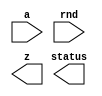

////////////////////////////////////////////////////////////////////////////////
//
//       This confidential and proprietary software may be used only
//     as authorized by a licensing agreement from Synopsys Inc.
//     In the event of publication, the following notice is applicable:
//
//                    (C) COPYRIGHT 2005 - 2018 SYNOPSYS INC.
//                           ALL RIGHTS RESERVED
//
//       The entire notice above must be reproduced on all authorized
//     copies.
//
//
// VERSION:   Verilog Simulation Model for DW_fp_flt2i
//
// DesignWare_version: 114fa44d
// DesignWare_release: O-2018.06-DWBB_201806.3
//
////////////////////////////////////////////////////////////////////////////////

//
// ABSTRACT:  Floating-point Number Format to Integer Number Format
//            Converter
//
//              This converts a floating-point number to a signed
//              integer number.
//              Conversion to a unsigned integer number is not supported.
//
//              parameters      valid values (defined in the DW manual)
//              ==========      ============
//              sig_width       significand size,  2 to 253 bits
//              exp_width       exponent size,     3 to 31 bits
//              isize           integer size,      3 to 512 bits
//              ieee_compliance support the IEEE Compliance 
//                              including NaN and denormal expressions.
//                              0 - IEEE 754 compatible without denormal support
//                                  (NaN becomes Infinity, Denormal becomes Zero)
//                              1 - IEEE 754 standard compatible
//                                  (NaN and denormal numbers are supported)
//
//              Input ports     Size & Description
//              ===========     ==================
//              a               (sig_width + exp_width + 1)-bits
//                              Floating-point Number Input
//              rnd             3 bits
//                              Rounding Mode Input
//              z               (isize)-bits
//                              Converted Integer Output
//              status          8 bits
//                              Status Flags Output
//
// Modified:
//  Mar. 13. 2008 Kyung-Nam Han (from 0712-SP3)
//    Removed VCS Warning Message (STAR 9000232556) 
//  Sep. 09. 2009 Kyung-Nam Han (0903-SP3)
//    Added ieee_compliance parameter
//-----------------------------------------------------------------------------

module DW_fp_flt2i (a, rnd, z, status);

  parameter integer sig_width=23;        // RANGE 2 TO 253
  parameter integer exp_width=8;         // RANGE 3 TO 31
  parameter integer isize=32;            // RANGE 3 TO 512
  parameter integer ieee_compliance = 0; // RANGE 0 to 1
  
  input  [exp_width + sig_width:0] a;
  input  [2:0] rnd;
  output [isize - 1:0] z;
  output [7:0] status;
  
  // synopsys translate_off


  `define isign               0  // 0 : signed, 1 : unsigned 
  `define rnd_Width           4
  `define rnd_Inc             0
  `define rnd_Inexact         1
  `define rnd_HugeInfinity    2
  `define rnd_TinyminNorm     3
  `define Mwidth              (2 * isize + 2)
  `define Movf                (`Mwidth - 1)
  `define MM                  (`Movf - 1)
  `define ML                  (`Movf - isize)
  `define MR                  (`ML - 1)
  `define MS                  (`ML - 2)
  `define af_lsb              ((sig_width <= isize) ? 0 : (sig_width - 1) - isize + 1)
  `define DW_MI_LSB           ((sig_width <= isize) ? `MR - sig_width + 1 : 0)
  
  //-------------------------------------------------------------------------
  // Parameter legality check
  //-------------------------------------------------------------------------
    
 
  initial begin : parameter_check
    integer param_err_flg;

    param_err_flg = 0;
    
        
    if ( (sig_width < 2) || (sig_width > 253) ) begin
      param_err_flg = 1;
      $display(
	"ERROR: %m :\n  Invalid value (%d) for parameter sig_width (legal range: 2 to 253)",
	sig_width );
    end
        
    if ( (exp_width < 3) || (exp_width > 31) ) begin
      param_err_flg = 1;
      $display(
	"ERROR: %m :\n  Invalid value (%d) for parameter exp_width (legal range: 3 to 31)",
	exp_width );
    end
        
    if ( (isize < 3) || (isize > 512) ) begin
      param_err_flg = 1;
      $display(
	"ERROR: %m :\n  Invalid value (%d) for parameter isize (legal range: 3 to 512)",
	isize );
    end
        
    if ( (ieee_compliance < 0) || (ieee_compliance > 1) ) begin
      param_err_flg = 1;
      $display(
	"ERROR: %m :\n  Invalid value (%d) for parameter ieee_compliance (legal range: 0 to 1)",
	ieee_compliance );
    end
     
    if ( param_err_flg == 1) begin
      $display(
        "%m :\n  Simulation aborted due to invalid parameter value(s)");
      $finish;
    end

  end // parameter_check 

  //-----------------------------------------------------  
  
  
  function [`rnd_Width-1:0] rnd_eval;
  
    input [2:0] rnd;
    input [0:0] Sign;
    input [0:0] L,R,stk;
    
    
    begin
      rnd_eval[`rnd_Inc] = 0;
      rnd_eval[`rnd_Inexact] = R|stk;
      rnd_eval[`rnd_HugeInfinity] = 0;
      rnd_eval[`rnd_TinyminNorm] = 0;
      
      if ($time > 0) begin
        case (rnd)
          3'b000:
          begin
            rnd_eval[`rnd_Inc] = R&(L|stk);
            rnd_eval[`rnd_HugeInfinity] = 1;
            rnd_eval[`rnd_TinyminNorm] = 0;
          end
          3'b001:
          begin
            rnd_eval[`rnd_Inc] = 0;
            rnd_eval[`rnd_HugeInfinity] = 0;
            rnd_eval[`rnd_TinyminNorm] = 0;
          end
          3'b010:
          begin
            rnd_eval[`rnd_Inc] = ~Sign & (R|stk);
            rnd_eval[`rnd_HugeInfinity] = ~Sign;
            rnd_eval[`rnd_TinyminNorm] = ~Sign;
          end
          3'b011:
          begin
            rnd_eval[`rnd_Inc] = Sign & (R|stk);
            rnd_eval[`rnd_HugeInfinity] = Sign;
            rnd_eval[`rnd_TinyminNorm] = Sign;
          end
          3'b100:
          begin
            rnd_eval[`rnd_Inc] = R;
            rnd_eval[`rnd_HugeInfinity] = 1;
            rnd_eval[`rnd_TinyminNorm] = 0;
          end
          3'b101:
          begin
            rnd_eval[`rnd_Inc] = R|stk;
            rnd_eval[`rnd_HugeInfinity] = 1;
            rnd_eval[`rnd_TinyminNorm] = 1;
          end
          default:
          begin
            $display("Error! illegal rounding mode.\n");
            $display("a : %b", a);
            $display("rnd : %b", rnd);
          end
        endcase
      end

    end
  endfunction
  
  reg [(exp_width + sig_width):0] af;
  reg [8    -1:0] status_reg;
  reg [isize-1:0] z_reg;
  reg [exp_width-1:0] eaf;
  reg [`Mwidth-1:0] mi;
  reg [exp_width-1:0] exp;
  reg [0:0] stk;
  reg [`rnd_Width-1:0] rnd_val;  
  reg [isize-1:0] maxneg;
  reg [isize-1:0] maxpos;
  reg [(sig_width - 1):0] sig;
  reg inf_input;
  reg denorm_input;
  reg nan_input;
  reg zero_input;

  integer num;
  
  assign status = status_reg;
  assign z = z_reg;
  
  always @(a or rnd) begin : a1000_PROC
    
    af = a;
    status_reg = 0;
    mi = 0;
    exp = 0;
    stk = 0;
    eaf = af[((exp_width + sig_width) - 1):sig_width];
    num = 0;
    sig  = af[(sig_width - 1):0];

    if (ieee_compliance) begin
      inf_input = (eaf == ((((1 << (exp_width-1)) - 1) * 2) + 1)) & (sig == 0);
      nan_input = (eaf == ((((1 << (exp_width-1)) - 1) * 2) + 1)) & (sig != 0);
      denorm_input = (eaf == 0) & (sig != 0);
      zero_input = (eaf == 0) & (sig == 0);
    end
    else begin
      inf_input = (eaf == ((((1 << (exp_width-1)) - 1) * 2) + 1));
      nan_input = 0;
      denorm_input = 0;
      zero_input = (eaf == 0 );
    end
    
    if (inf_input) begin
      
      if (ieee_compliance) begin
        status_reg[2] = 1;
      end
      else begin
        status_reg[6] = 1;
        status_reg[5] = 1;
      end
      
    end
    else if (nan_input) begin
      
      status_reg[2] = 1;

    end
    else if (zero_input) begin
      
      status_reg[0] = 1;
      
    end
    else begin
      
      mi[`ML] = 1;
      
      if (sig_width <= isize) begin
        
        mi[`MR:`DW_MI_LSB] = af[(sig_width - 1):0];
        
      end
      else begin
        

        mi[`MR:`MR-isize+1] = af[(sig_width - 1):`af_lsb];
        num = (sig_width - 1) - isize;  // >= 0
        stk = 0;
        
        while (num != 0) begin
          stk = stk | af[num];
          num = num - 1;
        end
        
        stk = stk | af[num];
        mi[0] = stk;
      end

      if (eaf >= ((1 << (exp_width-1)) - 1)) begin
        exp = eaf - ((1 << (exp_width-1)) - 1);
        
        while (exp !== 0) begin
          if (mi[`Movf] !== 1) begin
            mi = mi << 1;
          end
          
          exp = exp - 1;
        end
      end
      else begin
        
        exp = ((1 << (exp_width-1)) - 1) - eaf;
        
        while (exp != 0) begin
          
          stk = mi[0];
          mi = mi >> 1;
          mi[0] = stk | mi[0];
          exp = exp - 1;
          
        end
      end
      
      
      if (mi[`Movf] === 1) begin
      
        status_reg[6] = 1;
        status_reg[5] = 1;
        
      end
      else begin
      
        stk = 0;
        num = `MS;
        
        while (num != 0) begin
          stk = stk | mi[num];
          num = num - 1;
        end
        
        stk = stk | mi[num];
        mi[`MS] = stk;
        
        rnd_val = rnd_eval(rnd, af[(exp_width + sig_width)], mi[`ML], mi[`MR], mi[`MS]);

        if (rnd_val[`rnd_Inc] === 1) begin
          mi = mi + (1<<`ML);
        end
        
        status_reg[5] =
        status_reg[5] | rnd_val[`rnd_Inexact];
        
        if (mi[`Movf] === 1) begin
          
          status_reg[6] = 1;
          status_reg[5] = 1;
          
        end
        else if (mi[`MM:`ML] === 0) begin
          
          status_reg[0] = 1;

          if (denorm_input) begin
            status_reg[3] = 1;
          end
          
        end
      end
      
    end

    
    
    if (`isign === 0) begin

      maxneg = 0;
      maxneg[isize-1] = 1;
      maxpos = -1;
      maxpos[isize-1] = 0;
      
      if ( (af[(exp_width + sig_width)] === 1 && mi[`MM:`ML] > maxneg) ||
        (af[(exp_width + sig_width)] === 0 && mi[`MM:`ML] > maxpos) ) begin
        
        status_reg[6] = 1;
        status_reg[5] = 1;
        
      end
      
      if (af[(exp_width + sig_width)] === 1) begin
        
        if (status_reg[6] === 1 || 
            status_reg[2] === 1) begin
          z_reg = -maxneg;
        end
        else if (status_reg[0] === 1) begin
          z_reg = 0;
        end
        else begin
          z_reg = -mi[`MM:`ML];
        end
        
      end
      else begin
        
        if (status_reg[6] === 1 ||
            status_reg[2] === 1) begin
          z_reg = maxpos;
        end
        else if (status_reg[0] === 1) begin
          z_reg = 0;
        end
        else begin
          z_reg = mi[`MM:`ML];
        end
        
      end
      
    end
    else begin
      
      $display("Error! Unsigned integer for DW_fp_flt2i is not supported.");
      
    end
  end

  `undef isign
  `undef rnd_Width
  `undef rnd_Inc
  `undef rnd_Inexact
  `undef rnd_HugeInfinity
  `undef rnd_TinyminNorm
  `undef Mwidth
  `undef Movf
  `undef MM
  `undef ML
  `undef MR
  `undef MS
  `undef af_lsb
  `undef DW_MI_LSB

  // synopsys translate_on

endmodule